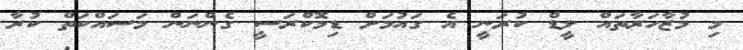
މި މުޒާހަރާތައް ލީޑް ކުރަނީ އެ ގައުމަށް ޑިމޮކްރަސީ ގެންނަން މަސައްކަތް ކުރާ